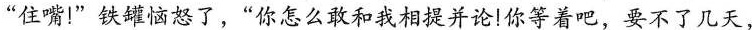
“住嘴！”铁罐恼怒了，“你怎么敢和我相提并论！你等着吧，要不了几天，